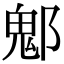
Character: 𨝀